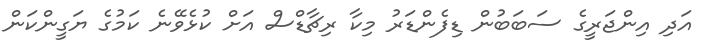
އަދި އިންޖަރީގެ ސަބަބުން ޑިފެންޑަރު މިކާ ރިޗާޑްސް އަށް ކުޅެވޭނެ ކަމުގެ ޔަގީންކަން